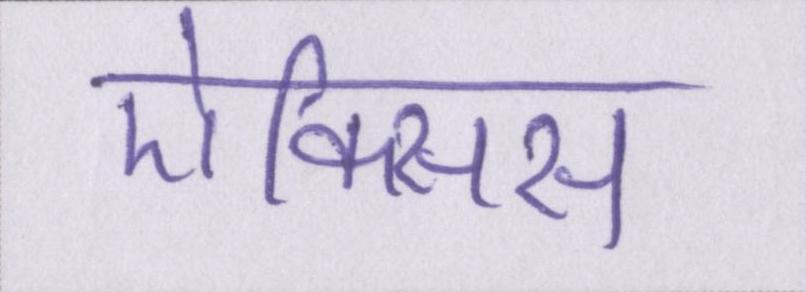
ऐक्सिस